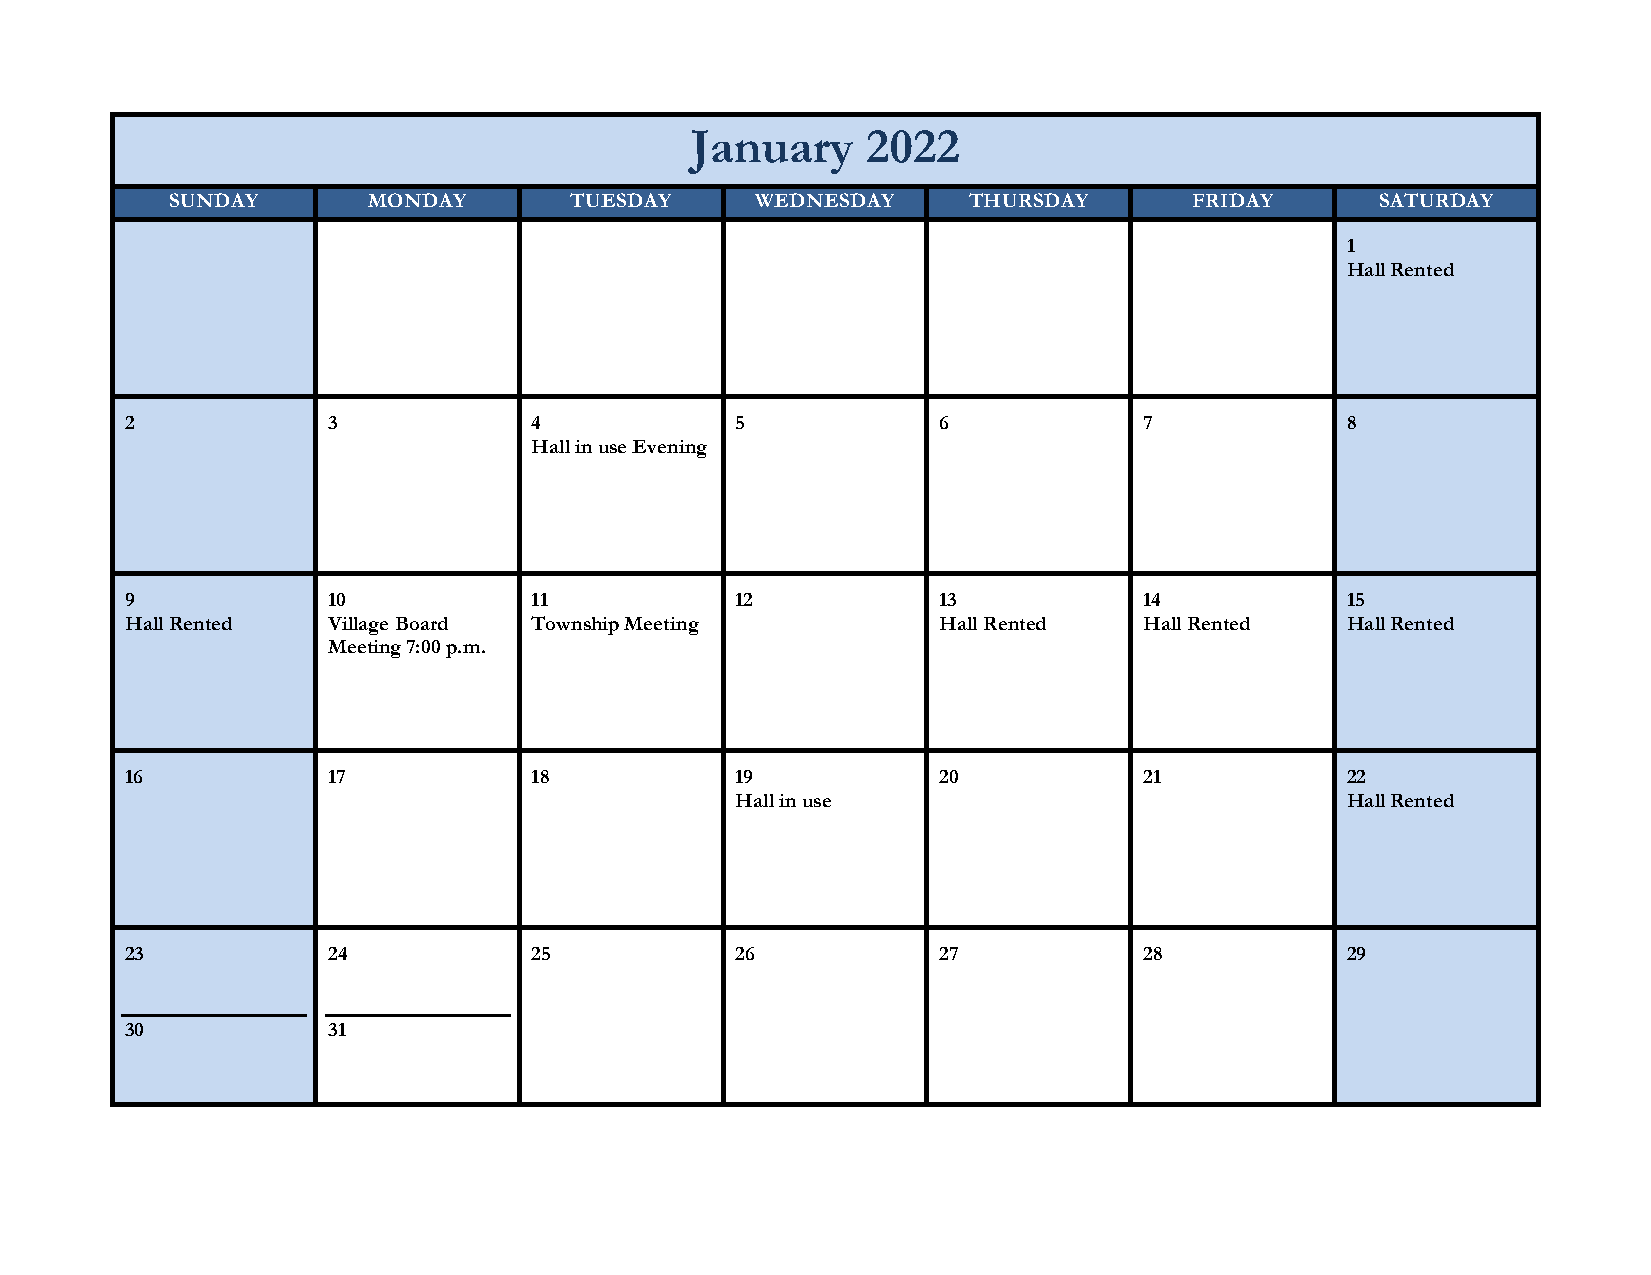
January    2022
 SUNDAY       MONDAY        TUESDAY     WEDNESDAY     THURSDAY       FRIDAY      SATURDAY
 1
 Hall Rented
 2             3            4             5            6             7            8
 Hall in use Evening
 9             10           11            12           13            14           15
 Hall Rented   Village Board Township Meeting          Hall Rented   Hall Rented  Hall Rented
 Meeting 7:00 p.m.
 16            17           18            19           20            21           22
 Hall in use                             Hall Rented
 23            24           25            26           27            28           29
 30            31